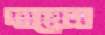
দায়েম